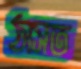
ঠাসত